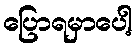
ပြောရမှာပေါ့